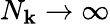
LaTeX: N_{\mathbf{k}}\rightarrow\infty